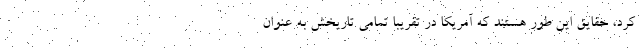
کرد، حقایق این طور هستند که آمریکا در تقریبا تمامی تاریخش به عنوان